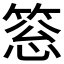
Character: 𥮨